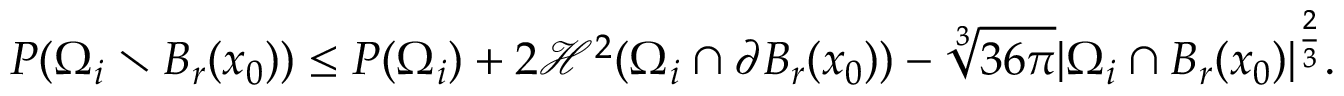
P ( \Omega _ { i } \setminus B _ { r } ( x _ { 0 } ) ) \leq P ( \Omega _ { i } ) + 2 \mathcal { H } ^ { 2 } ( \Omega _ { i } \cap \partial B _ { r } ( x _ { 0 } ) ) - \sqrt [ 3 ] { 3 6 \pi } | \Omega _ { i } \cap B _ { r } ( x _ { 0 } ) | ^ { \frac { 2 } { 3 } } .